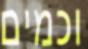
וכמים